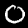
Digit: 0